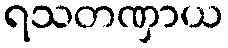
ရသတဏှာယ